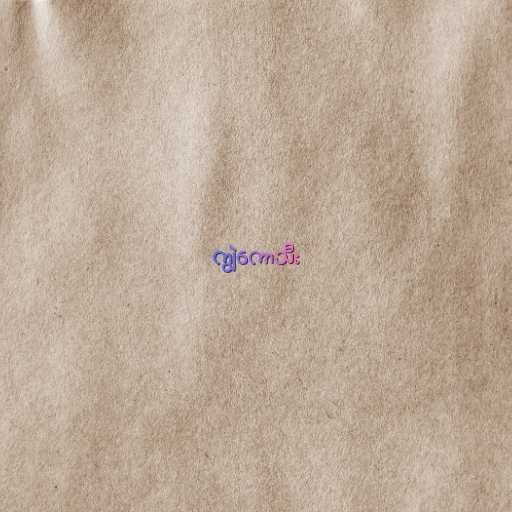
ကျွဲကောသီး